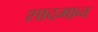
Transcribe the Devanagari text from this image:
शादमान